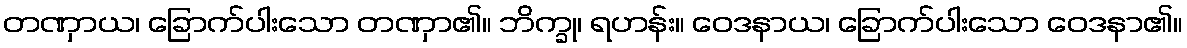
တဏှာယ၊ ခြောက်ပါးသော တဏှာ၏။ ဘိက္ခု၊ ရဟန်း။ ဝေဒနာယ၊ ခြောက်ပါးသော ဝေဒနာ၏။